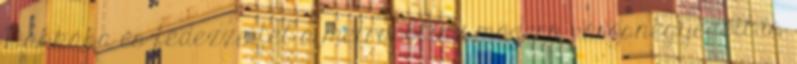
Dakkába és fedezze fel a metropolisz modern városnegyedeit is